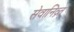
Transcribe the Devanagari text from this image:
सेवानिव्र्त्